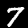
Label: 7